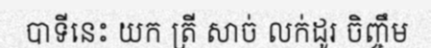
បាទីនេះ យក ត្រី សាច់ លក់ដូរ ចិញ្ចឹម